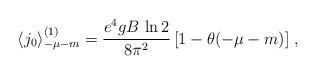
LaTeX: \begin{align*}\langle j_0\rangle^{(1)}_{-\mu-m}=\frac{e^4gB\,\ln 2}{8\pi^2}\,[1-\theta(-\mu-m)] \; ,\end{align*}